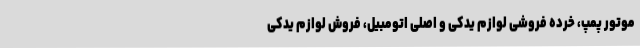
موتور پمپ، خرده فروشی لوازم یدکی و اصلی اتومبیل، فروش لوازم یدکی